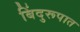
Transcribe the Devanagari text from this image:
बिंदुरूपात